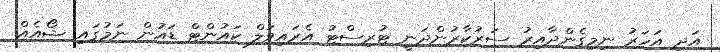
އަދި އަހަރު ނިމިގެންދާއިރު ސަރުކާރުންދަނީ ޓުރިސްޓު އެރައިވަލް ކައުންޓް ޑައުން ނަމުގައި ޝޯއެއް